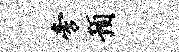
旁预